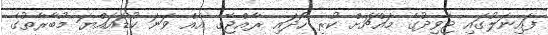
ފައިނަލުގައި ޖާވިދުގެ މައްޗަށް ކުރި ހޯދައި ރާއްޖޭގެ އެއް ވަނަ ކުޑައައްޔަ މުބާރާތުގެ